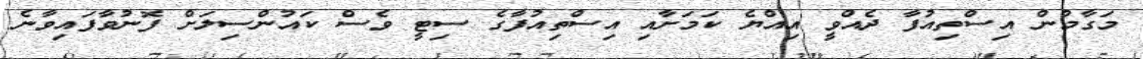
މަގާމުން އިސްތިއުފާ ދެއްވީ އިއްޔެ ކަމަށާއި އިސްތިއުފާގެ ސިޓީ ވެސް ކައުންސިލަށް ފޮނުވާފައިވާނެ